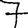
Digit: 7